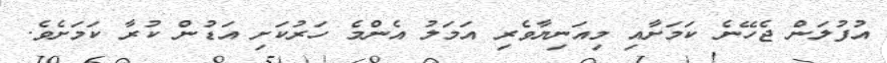
އުފުލަން ޖެހޭނެ ކަމަށާއި މިއަނިޔާވެރި އަމަލު އެންމެ ހަރުކަށި އަޑުން ކުރާ ކަމަށެވެ.